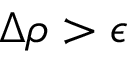
\Delta \rho > \epsilon